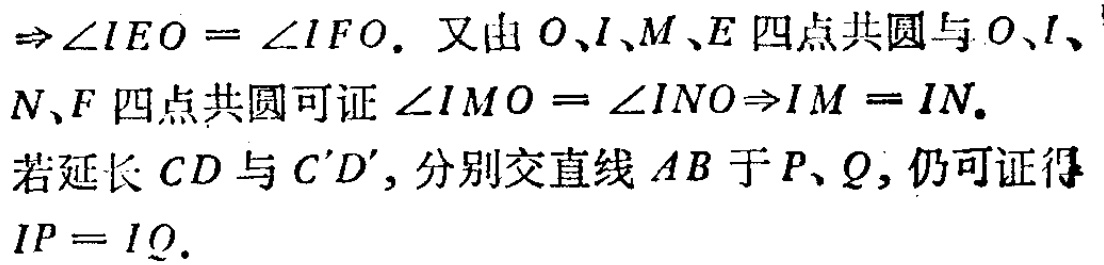
$\Rightarrow \angle IEO = \angle IFO.$ 又由 $O、I、M、E$ 四点共圆与 $O、I、$
$N、F$ 四点共圆可证 $\angle IMO = \angle INO\Rightarrow IM = IN.$
若延长 $CD$ 与 $C'D'$, 分别交直线 $AB$ 于 $P、Q,$ 仍可证得
$IP = IQ.$